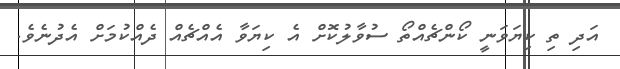
އަދި ތި ކިޔަވަނީ ކޯންޗެއްތޯ ސުވާލުކޮށް އެ ކިޔަވާ އެއްޗެއް ދެއްކުމަށް އެދުނެވެ.